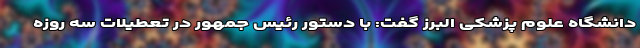
دانشگاه علوم پزشکی البرز گفت: با دستور رئیس جمهور در تعطیلات سه روزه